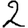
Digit: 2